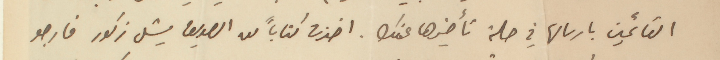
القائمين بارسالها في حالة تأخيرها عنك. اخذت كتاباً من الصديق ميشل زكور فارجو